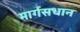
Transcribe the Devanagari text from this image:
मार्गसधान